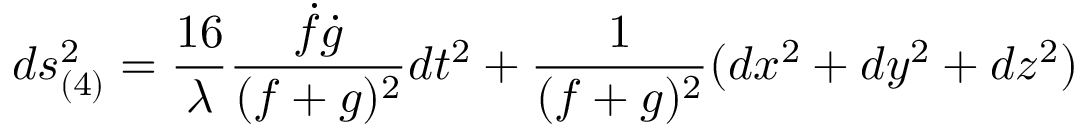
d s _ { ( 4 ) } ^ { 2 } = \frac { 1 6 } { \lambda } \frac { \dot { f } \dot { g } } { ( f + g ) ^ { 2 } } d t ^ { 2 } + \frac { 1 } { ( f + g ) ^ { 2 } } ( d x ^ { 2 } + d y ^ { 2 } + d z ^ { 2 } )